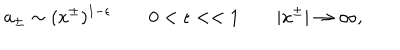
a _ { \pm } \sim ( x ^ { \pm } ) ^ { 1 - \epsilon } \qquad 0 < \epsilon < < 1 \qquad | x ^ { \pm } | \rightarrow \infty ,